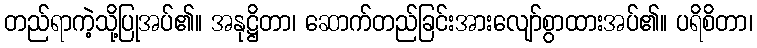
တည်ရာကဲ့သို့ပြုအပ်၏။ အနုဋ္ဌိတာ၊ ဆောက်တည်ခြင်းအားလျော်စွာထားအပ်၏။ ပရိစိတာ၊